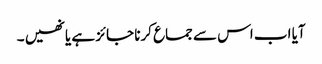
آیا اب اس سے جماع کرنا جائز ہے یا نھیں ۔